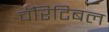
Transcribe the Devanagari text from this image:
चॅरिटिबल